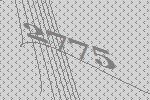
2775